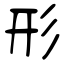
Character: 形